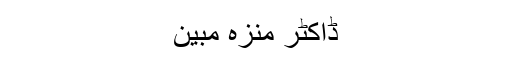
ڈاکٹر منزہ مبین